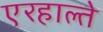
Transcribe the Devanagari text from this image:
एरहाल्ते